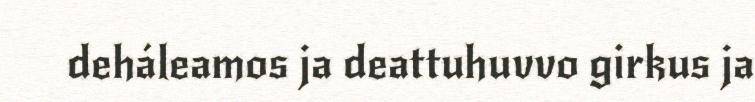
deháleamos ja deattuhuvvo girkus ja